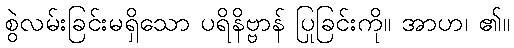
စွဲလမ်းခြင်းမရှိသော ပရိနိဗ္ဗာန် ပြုခြင်းကို။ အာဟ၊ ၏။